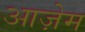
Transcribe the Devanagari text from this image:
आज़ेम